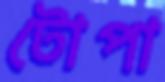
টোপা